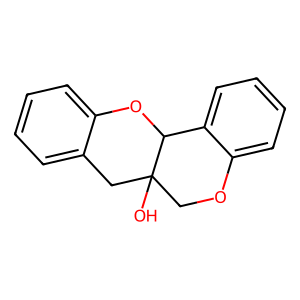
SMILES: OC12COc3ccccc3C1Oc1ccccc1C2
Inhibits HIV replication: No